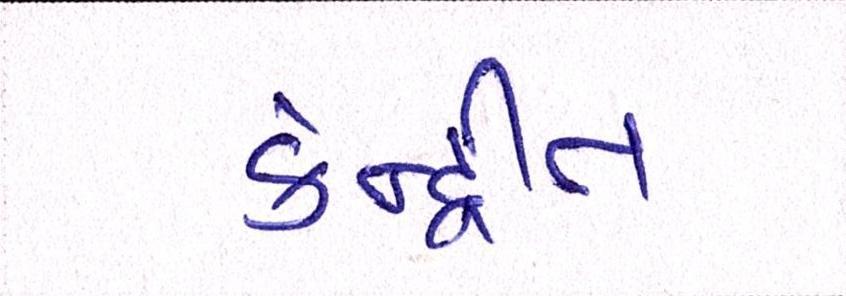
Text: કેન્દ્રીત